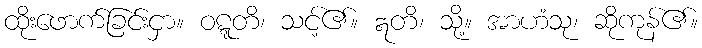
ထိုးဖောက်ခြင်းငှာ။ ဝဋ္ဋတိ၊ သင့်၏။ ဣတိ၊ သို့။ အာဟံသု၊ ဆိုကုန်၏။